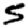
Digit: 5